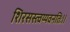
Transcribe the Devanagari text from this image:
शिरसस्त्वय्यवनतिः।।